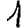
Digit: 1